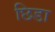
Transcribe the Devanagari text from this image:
छिडा